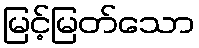
မြင့်မြတ်သော